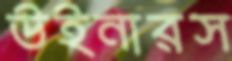
উইনারস